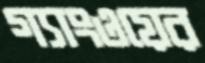
গ্যাংওয়ের